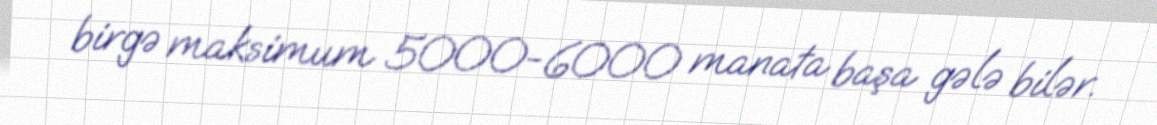
birgə maksimum 5000-6000 manata başa gələ bilər.